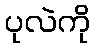
ပုလဲကို